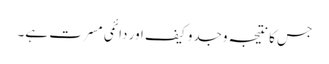
جس کا نتیجہ وجدو کیف اور دائمی مسرت ہے۔